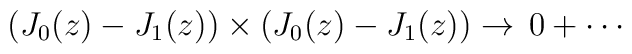
\left( J_0(z)-J_1(z)\right) \times \left( J_0(z)-J_1(z)\right) \rightarrow\,0+\cdots